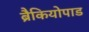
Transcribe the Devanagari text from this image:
ब्रैकियोपाड